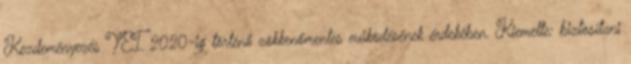
Kezdeményezés YEI 2020-ig történő zökkenőmentes működésének érdekében. Kiemelte: biztosítani